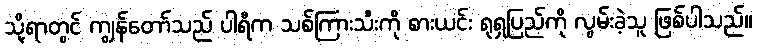
သို့ရာတွင် ကျွန်တော်သည် ပါရီက သစ်ကြားသီးကို စားယင်း ရုရှပြည်ကို လွမ်းခဲ့သူ ဖြစ်ပါသည်။